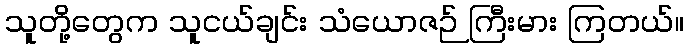
သူတို့တွေက သူငယ်ချင်း သံယောဇဉ် ကြီးမား ကြတယ်။